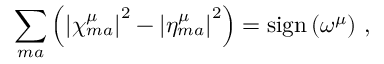
\sum _ { m a } \left( \left\vert \chi _ { m a } ^ { \mu } \right\vert ^ { 2 } - \left\vert \eta _ { m a } ^ { \mu } \right\vert ^ { 2 } \right) = \mathrm { s i g n } \left( \omega ^ { \mu } \right) \, ,